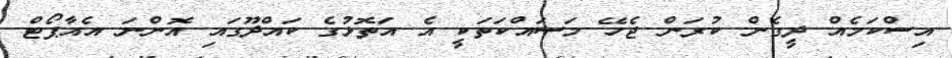
އިސްކަމެއް ދީގެން ކުރަން ޖެހޭ މަސައްކަތަކީ އެ އަތޮޅުގެ ކައްދޫގައި އޮންނަ އެއާޕޯޓް